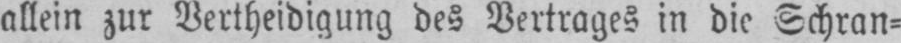
allein zur Vertheidigung des Vertrages in die Schran⸗